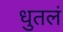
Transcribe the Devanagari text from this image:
धुतलं